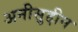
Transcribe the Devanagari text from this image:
अनीसुद्दीन